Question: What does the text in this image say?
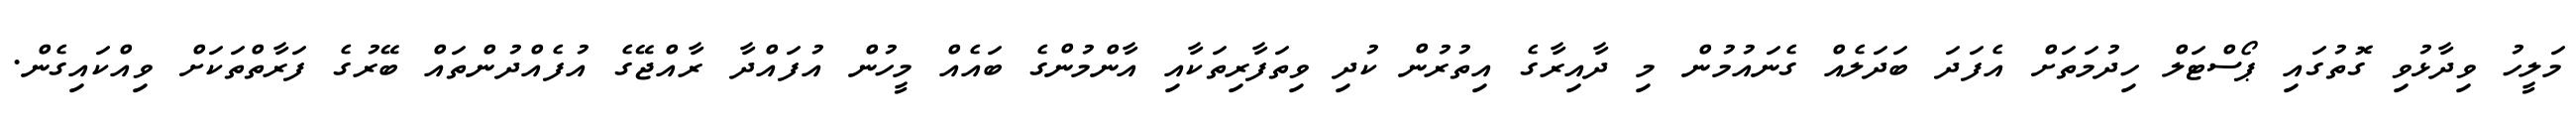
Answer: މަލީހު ވިދާޅުވި ގޮތުގައި ޕޯސްޓަލް ހިދުމަތަށް އެފަދަ ބަދަލެއް ގެނައުމުން މި ދާއިރާގެ އިތުރުން ކުދި ވިތަފާރިތަކާއި އާންމުންގެ ބައެއް މީހުން އުފައްދާ ރާއްޖޭގެ އުފެއްދުންތައް ބޭރުގެ ފަރާތްތަކަށް ވިއްކައިގެން.